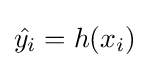
{\hat {y_{i}}}=h(x_{i})